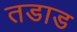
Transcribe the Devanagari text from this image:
तडाड